Leningradi_Edasi_toimetus, lk 74
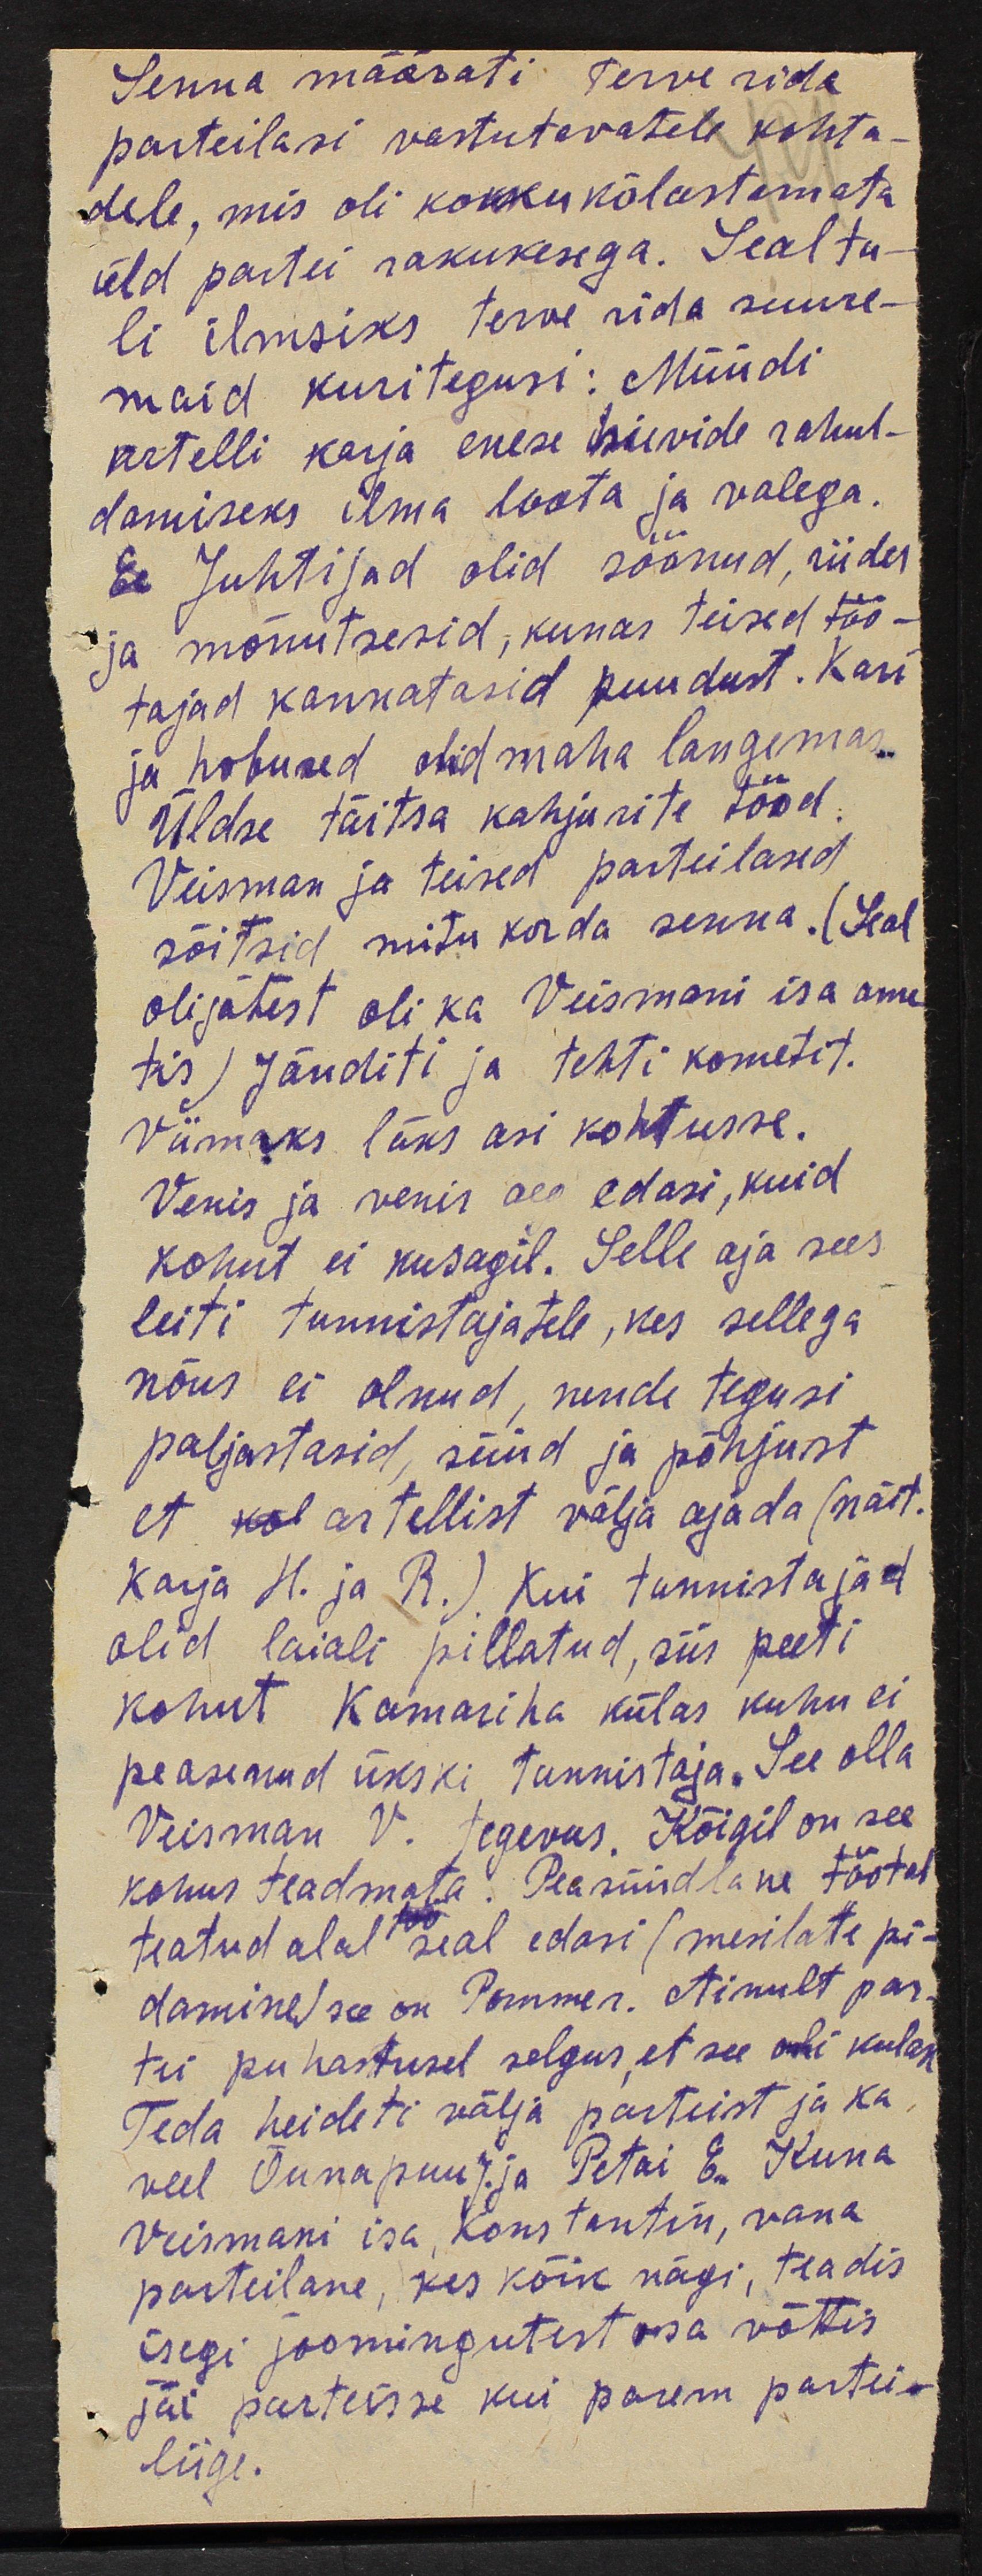
Senna määrati terve rida
parteilasi vastutavatele kohta-
dele, mis oli kokkukõlastamata
üld partei rakukesega. Seal tu-
li ilmsiks terve rida suure-
maid kuritegusi: Müüdi
artelli karja enese huvide rahul-
damiseks ilma loata ja valega.
Ee Juhtijad olid söönud, riides
ja mõnutseid, kunas teised töö-
tajad kannatasid puudust. Kari
ja hobused olid maha langemas.
Üldse täitsa kahjurite tööd.
Veisman ja teised parteilased
sõitsid mitu korda senna. (Seal
olijatest oli ka Veismani isa ame
tis) Jänditi ja tehti kometit.
Viimaks läks asi kohtusse.
Venis ja venis aeg edasi, kuid
kohut ei kusagil. Selle aja sees
leiti tunnistajatele, kes sellega
nõus ei olnud, nende tegusi
paljastasid, süüd ja põhjust
et kol artellist välja ajada (näit.
Karja H. ja R.) Kui tunnistajad
olid laiali pillatud, siis peeti
kohut Kamariha külas kuhu ei
peasenud ükski tunnistaja. See olla
Veisman V. tegevus, Kõigil on see
kohus teadmata. Peasüüdlane töötab
teatud alal seal edasi (mesilaste pi-
damine) see on Pommer. Ainult par-
tei puhastusel selgus, et see oli kulak
Teda heideti välja parteist ja ka
veel Õunapuu J. ja Petai E. Kuna
Veismani isa, Konstantin, vana
parteilane, kes kõik nägi, teadis
isegi joomingutest osa võttis
jäi parteisse kui parem partii-
liige.